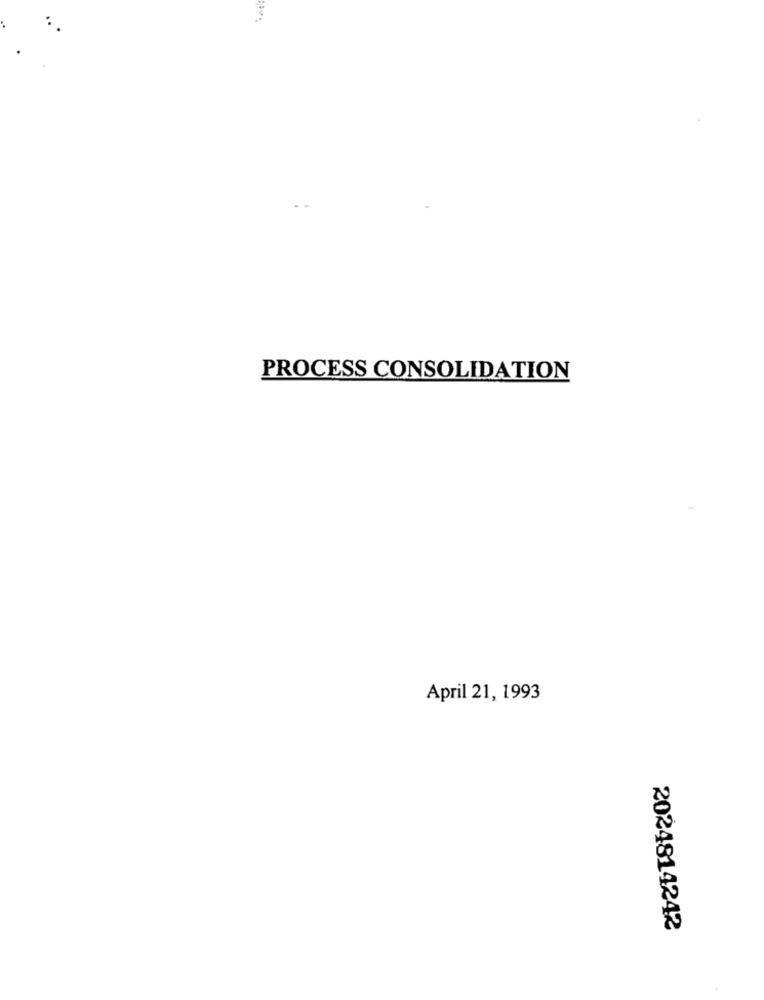
PROCESS CONSOLIDATION
April 21, 1993
2024814242